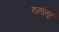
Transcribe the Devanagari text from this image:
वनांतून